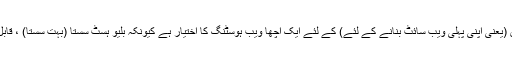
یہ ذاتی اور چھوٹے کاروباری ویب سائٹس اور بلاگس (یعنی اپنی پہلی ویب سائٹ بنانے کے لئے) کے لئے ایک اچھا ویب ہوسٹنگ کا اختیار ہے کیونکہ بلیو ہسٹ سستا (بہت سستا) ، قابل اعتماد ، محفوظ اور مفت ڈومین نام کے ساتھ آتا ہے۔